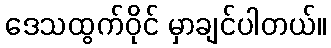
ဒေသထွက်ဝိုင် မှာချင်ပါတယ်။